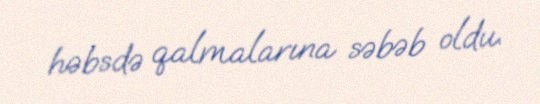
həbsdə qalmalarına səbəb oldu.